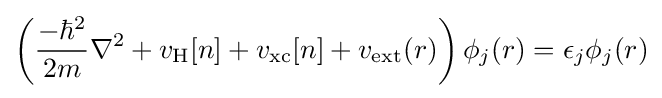
\left({\frac {-\hbar ^{2}}{2m}}\nabla ^{2}+v_{\rm {H}}[n]+v_{\rm {xc}}[n]+v_{\rm {ext}}(r)\right)\phi _{j}(r)=\epsilon _{j}\phi _{j}(r)